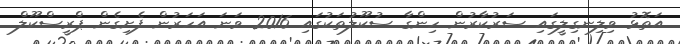
އަތޮޅު ވިލިނގިލީގައި ސަރުކާރުން ހިންގާ ސުކޫލުތަކުގައި 2016 ވަނަ އަހަރުން ފެށިގެން ޕްރީސްކޫލް